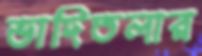
ভাদিতলার